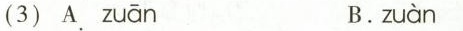
(3)A zuān B.zuàn